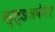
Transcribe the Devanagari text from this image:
वर्ल्डअवेयर